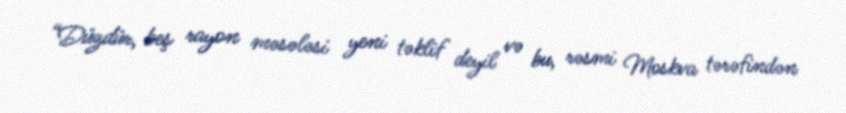
“Düzdür, beş rayon məsələsi yeni təklif deyil və bu, rəsmi Moskva tərəfindən